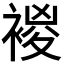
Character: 𧛝